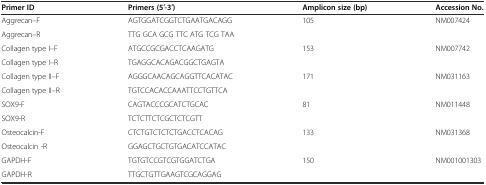
<table><thead><tr><td><b>Primer ID</b></td><td><b>Primers (5′-3′)</b></td><td><b>Amplicon size (bp)</b></td><td><b>Accession No.</b></td></tr></thead><tbody><tr><td>Aggrecan–F</td><td>AGTGGATCGGTCTGAATGACAGG</td><td rowspan="2">105</td><td rowspan="2">NM007424</td></tr><tr><td>Aggrecan–R</td><td>TTG GCA GCG TTC ATG TCG TAA</td></tr><tr><td>Collagen type I–F</td><td>ATGCCGCGACCTCAAGATG</td><td rowspan="2">153</td><td rowspan="2">NM007742</td></tr><tr><td>Collagen type I–R</td><td>TGAGGCACAGACGGCTGAGTA</td></tr><tr><td>Collagen type II–F</td><td>AGGGCAACAGCAGGTTCACATAC</td><td rowspan="2">171</td><td rowspan="2">NM031163</td></tr><tr><td>Collagen type II–R</td><td>TGTCCACACCAAATTCCTGTTCA</td></tr><tr><td>SOX9-F</td><td>CAGTACCCGCATCTGCAC</td><td rowspan="2">81</td><td rowspan="2">NM011448</td></tr><tr><td>SOX9-R</td><td>TCTCTTCTCGCTCTCGTT</td></tr><tr><td>Osteocalcin-F</td><td>CTCTGTCTCTCTGACCTCACAG</td><td rowspan="2">133</td><td rowspan="2">NM031368</td></tr><tr><td>Osteocalcin -R</td><td>GGAGCTGCTGTGACATCCATAC</td></tr><tr><td>GAPDH-F</td><td>TGTGTCCGTCGTGGATCTGA</td><td rowspan="2">150</td><td rowspan="2">NM001001303</td></tr><tr><td>GAPDH-R</td><td>TTGCTGTTGAAGTCGCAGGAG</td></tr></tbody></table>